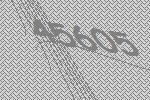
45605